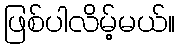
ဖြစ်ပါလိမ့်မယ်။